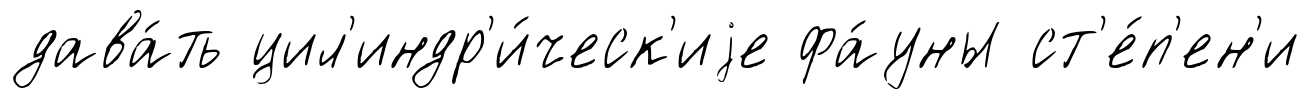
дава́ть цил'индр'и́ческ'иjе фа́уны ст'е́п'ен'и